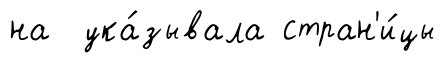
на ука́зывала стран'и́цы